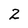
Character: 2